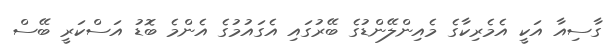
ގާސިއާ އަކީ އެމެރިކާގެ މެއިންލޭންޑުގެ ބޭރުގައި އެގައުމުގެ އެންމެ ބޮޑު އަސްކަރީ ބޭސް